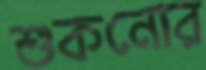
শুকনোর